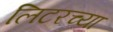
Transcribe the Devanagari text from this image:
लिटरच्या